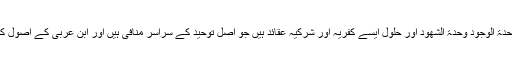
پھر تصوف میں نظریہ وحدۃ الوجود وحدۃ الشھود اور حلول ایسے کفریہ اور شرکیہ عقائد ہیں جو اصل توحید کے سراسر منافی ہیں اور ابن عربی کے اصول کے اصل چیز محبت ہے ۔